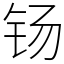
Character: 钖